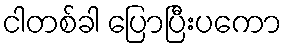
ငါတစ်ခါ ပြောပြီးပကော